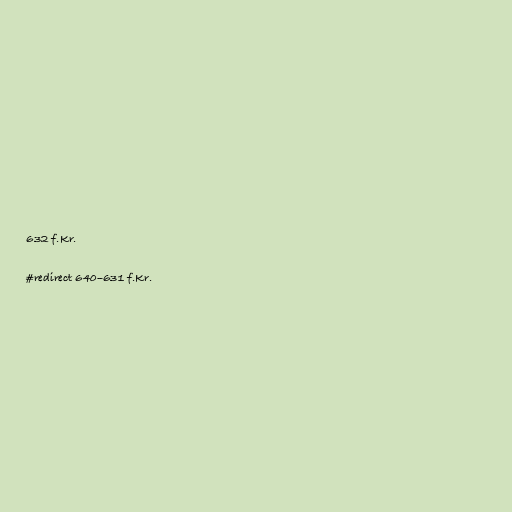
632 f.Kr.

#redirect 640–631 f.Kr.